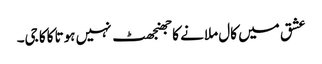
عشق میں کال ملانے کا جھنجھٹ نہیں ہوتا کاکا جی۔